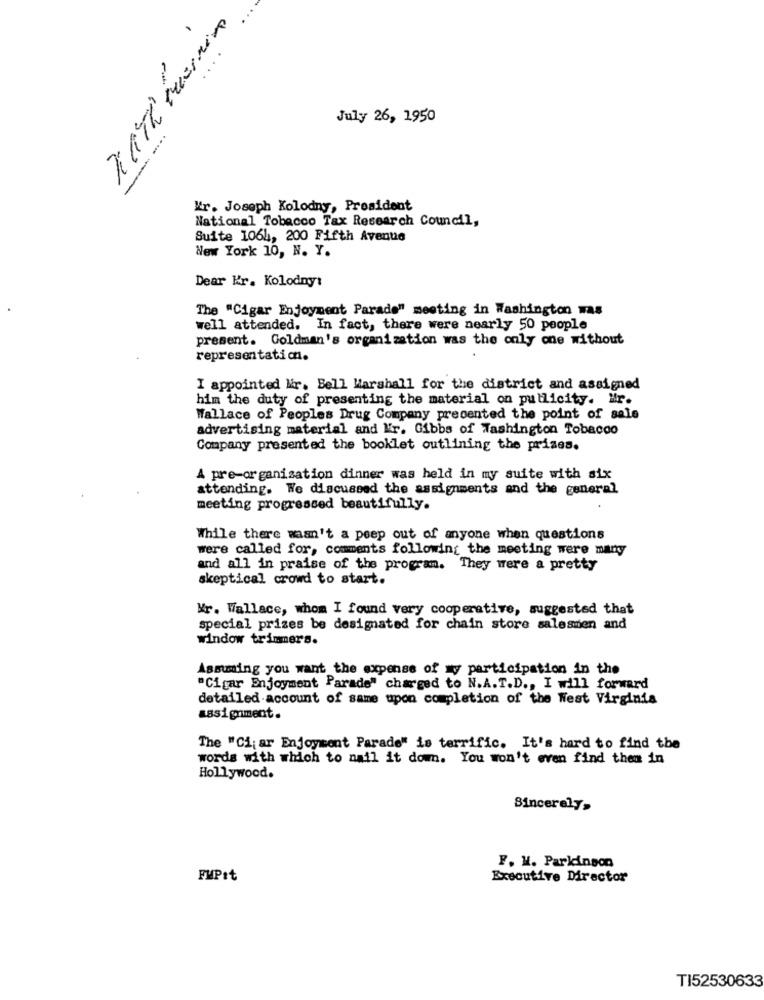
...
July 26, 1950
Kr. Joseph Kolodny, President
National Tobacco Tax Research Council,
Suite 1064, 200 Fifth Avenue
New York 10, N. Y.
Dear Kr. Kolodny:
The "Cigar Enjoyment Parade" meeting in Washington mas
well attended. In fact, there were nearly 50 people
present. Goldman's organization was the only one without
representation.
I appointed Mir. Bell Marshall for the district and assigned
him the duty of presenting the material on pullicity. Mr.
Wallace of Peoples Drug Company presented the point of sale
advertising material and Kr. Gibbs of Washington Tobacco
Company presented the booklet outlining the prizes.
A pre-organisation dinner was held in my suite with six
attending. We discussed the assignments and the general
meeting progressed beautifully.
While there wasn't a peep out of anyone when questions
were called for, comments following the meeting were many
and all in praise of the program. They were a pretty
skeptical crowd to start.
Mr. Wallace, whom I found very cooperative, suggested that
special prizes be designated for chain store salesmen and
window trimmers.
Assuming you want the expense of my participation in the
"Cigar Enjoyment Parade" charged to N.A.T.D ., I will forward
detailed account of same upon completion of the West Virginia
assignment.
The "Ci; ar Enjoyment Parade" is terrific. It's hard to find the
words with which to nail it dom. You won't even find them in
Hollywood.
Sincerely,
F. M. Parkinson
FMPit
Executive Director
TI52530633